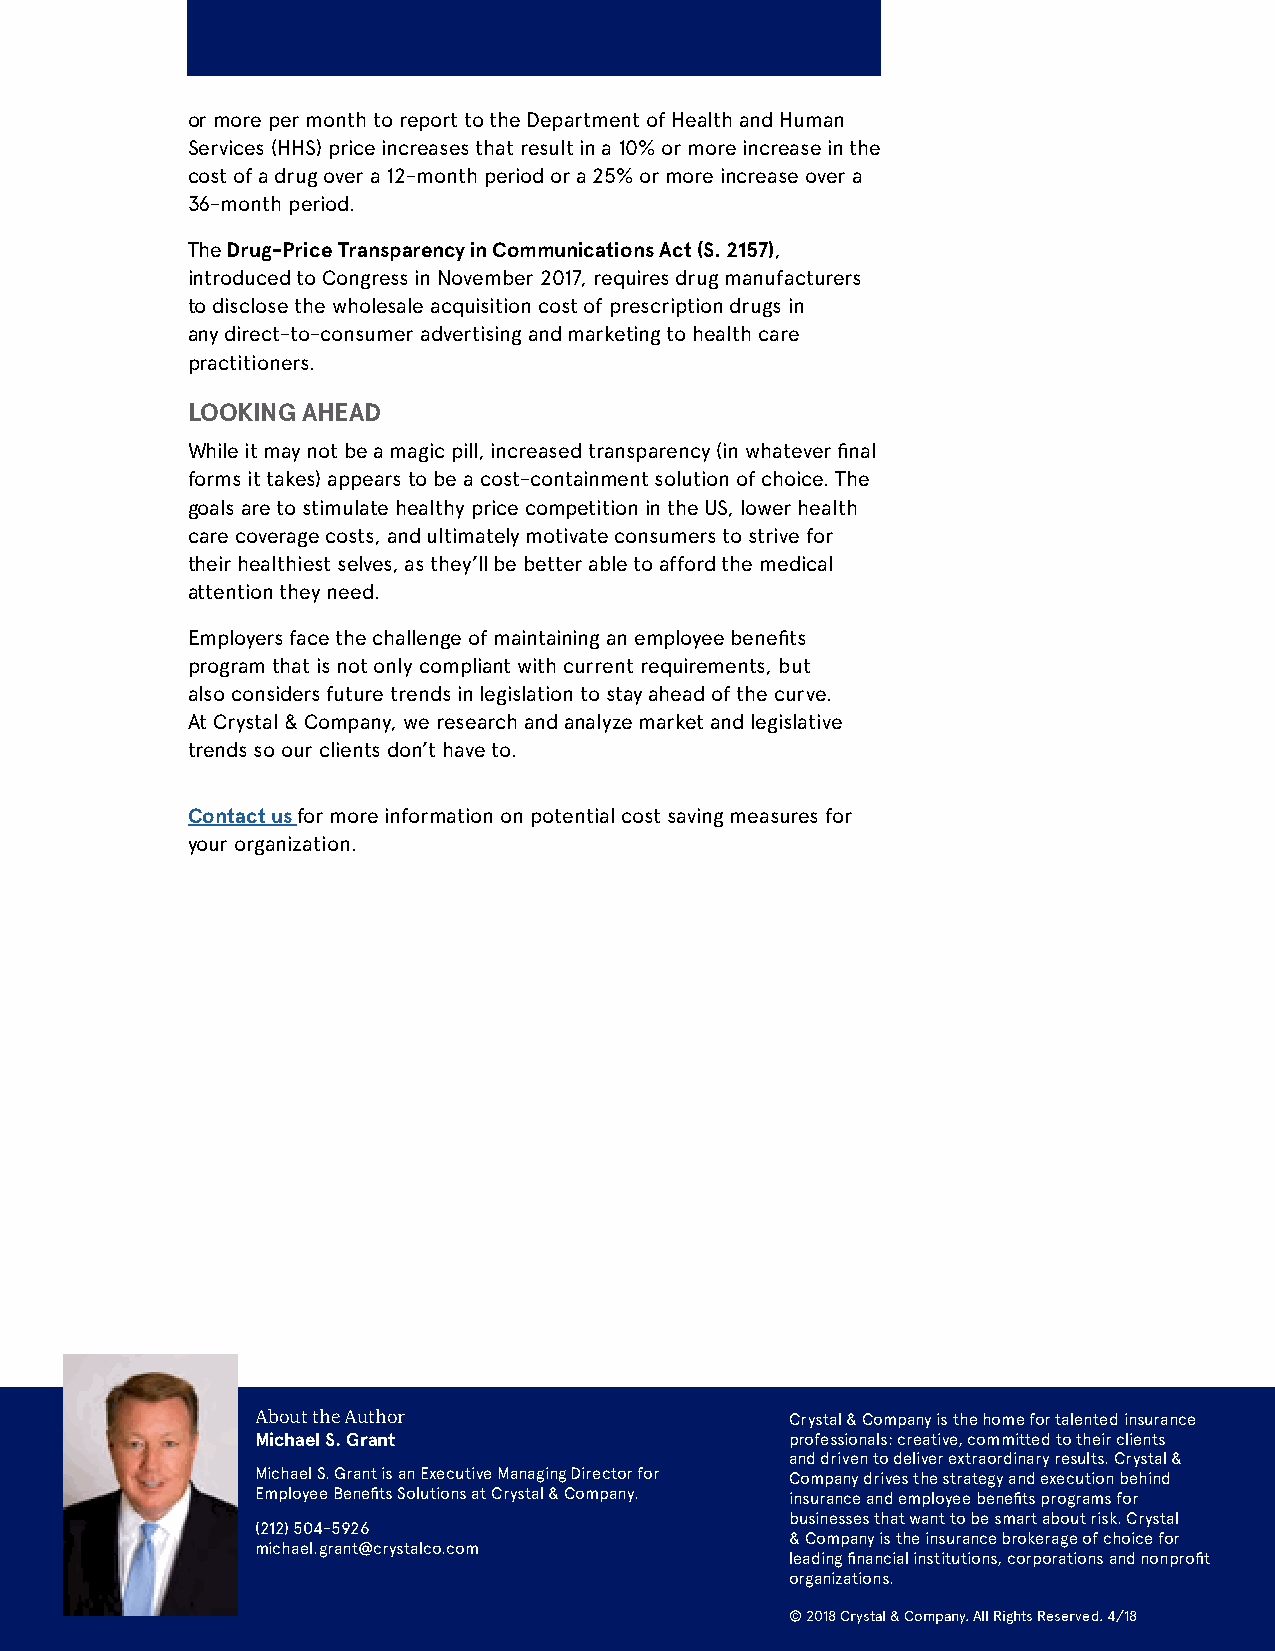
or more per month to report to the Department of Health and Human
 Services (HHS) price increases that result in a 10% or more increase in the
 cost of a drug over a 12-month period or a 25% or more increase over a
 36-month period.
 The Drug-Price Transparency in Communications Act (S. 2157),
 introduced to Congress in November 2017, requires drug manufacturers
 to disclose the wholesale acquisition cost of prescription drugs in
 any direct-to-consumer advertising and marketing to health care
 practitioners.
 LOOKING AHEAD
 While it may not be a magic pill, increased transparency (in whatever final
 forms it takes) appears to be a cost-containment solution of choice. The
 goals are to stimulate healthy price competition in the US, lower health
 care coverage costs, and ultimately motivate consumers to strive for
 their healthiest selves, as they’ll be better able to afford the medical
 attention they need.
 Employers face the challenge of maintaining an employee benefits
 program that is not only compliant with current requirements, but
 also considers future trends in legislation to stay ahead of the curve.
 At Crystal & Company, we research and analyze market and legislative
 trends so our clients don’t have to.
 Contact us for more information on potential cost saving measures for
 your organization.
 About the Author                   Crystal & Company is the home for talented insurance
 Michael S. Grant                   professionals: creative, committed to their clients
 and driven to deliver extraordinary results. Crystal &
 Michael S. Grant is an Executive Managing Director for Company drives the strategy and execution behind
 Employee Benefits Solutions at Crystal & Company. insurance and employee benefits programs for
 businesses that want to be smart about risk. Crystal
 (212) 504-5926
 & Company is the insurance brokerage of choice for
 michael.grant@crystalco.com
 leading financial institutions, corporations and nonprofit
 organizations.
 © 2018 Crystal & Company. All Rights Reserved. 4/18